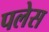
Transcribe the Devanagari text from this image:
पलेस